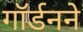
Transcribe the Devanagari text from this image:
गॉर्डनने